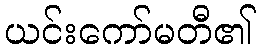
ယင်းကော်မတီ၏